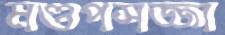
মণ্ডপসজ্জা